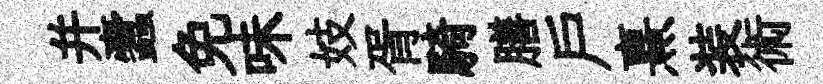
并蠧免味妓胥騎膳户熹装術